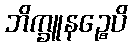
ဘိက္ခူနဉ္စေပိ